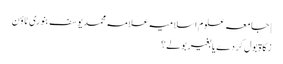
| جامعہ علوم اسلامیہ علامہ محمد یوسف بنوری ٹاؤن
زکاۃ بول کر دے یا بغیر بولے؟